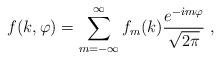
LaTeX: \begin{align*}f(k,\varphi)=\sum_{m=-\infty}^{\infty} f_m(k){e^{-\dot{\imath}m\varphi}\over\sqrt{2\pi}}\;,\end{align*}